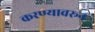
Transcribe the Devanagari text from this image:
करण्यावरून